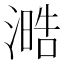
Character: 㵆